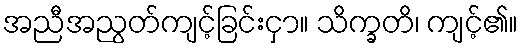
အညီအညွတ်ကျင့်ခြင်းငှာ။ သိက္ခတိ၊ ကျင့်၏။